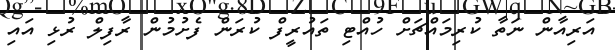
އަރިއާން ނަތާ ކުރިމައްޗަށް ހުއްޓި ތައުރީފް ކުރަން ފެށުމުން ރާފިލް ރުޅި އައި